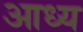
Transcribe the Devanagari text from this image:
आध्य